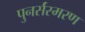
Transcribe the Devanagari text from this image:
पुनर्संस्मरण